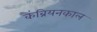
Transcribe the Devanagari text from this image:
कैंब्रियनकाल